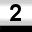
Digit: 2